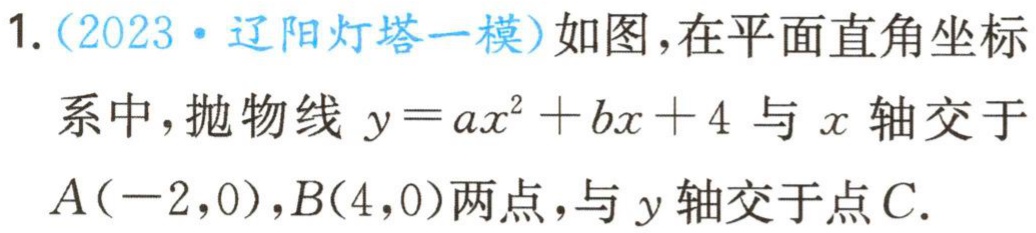
1.（2023·辽阳灯塔一模）如图，在平面直角坐标系中，抛物线\(y = ax^{2}+bx + 4\)与\(x\)轴交于\(A(-2,0)\)，\(B(4,0)\)两点，与\(y\)轴交于点\(C\).